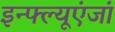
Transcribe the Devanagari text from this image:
इन्फ्ल्यूएंजां